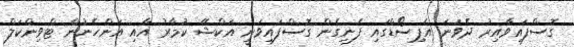
ގޮސްފައިވާއިރު ދެވަނަ އެޕިސޯޑްގައި ފެނިގެން ގޮސްފައިވަނީ އަކްޝޭ ކުމާރު އާއި އަންހެނުން ޓްވިންކަލް